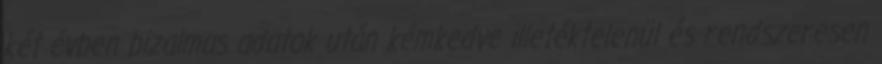
két évben bizalmas adatok után kémkedve illetéktelenül és rendszeresen